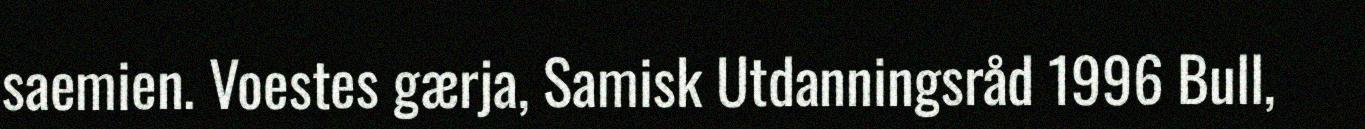
saemien. Voestes gærja, Samisk Utdanningsråd 1996 Bull,